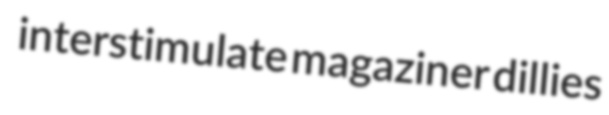
interstimulate magaziner dillies